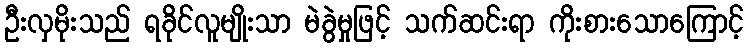
ဦးလှမိုးသည် ရခိုင်လူမျိုးသာ မဲခွဲမှုဖြင့် သက်ဆင်းရာ ကိုးစားသောကြောင့်